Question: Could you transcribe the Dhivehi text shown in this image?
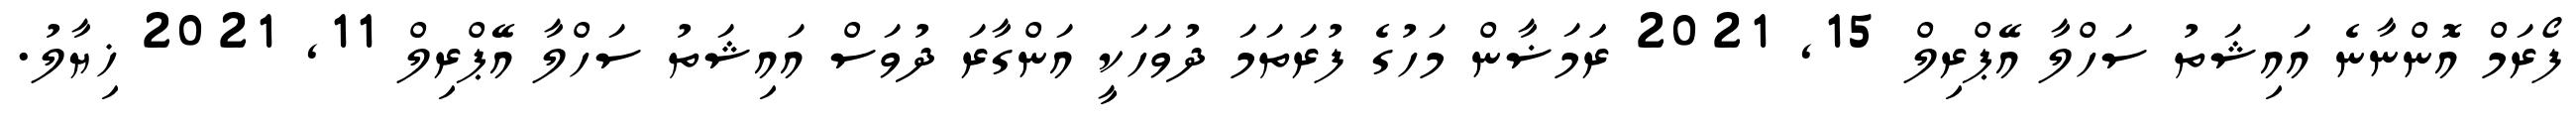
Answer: ފޯރަމް އޮންނާނެ އައިޝަތު ސަހްލާ އޭޕްރިލް 15, 2021 ރަަމަޟާން މަހުގެ ފުރަތަމަ ދުވަހަކީ އަންގާރަ ދުވަސް އައިޝަތު ސަހްލާ އޭޕްރިލް 11, 2021 ޚިޔާލު.